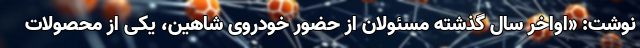
نوشت: «اواخر سال گذشته مسئولان از حضور خودروی شاهین، یکی از محصولات